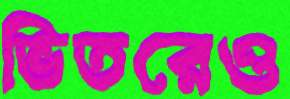
ভিতরেও